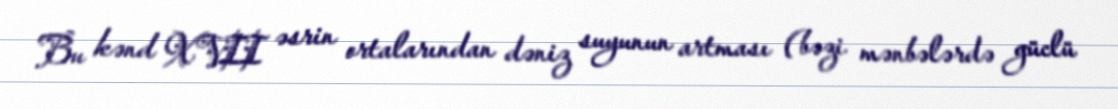
Bu kənd XVII əsrin ortalarından dəniz suyunun artması (bəzi mənbələrdə güclü